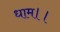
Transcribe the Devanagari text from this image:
धाम।।